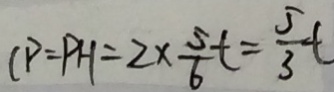
C P = P H = 2 \times \frac { 5 } { 6 } t = \frac { 5 } { 3 } t